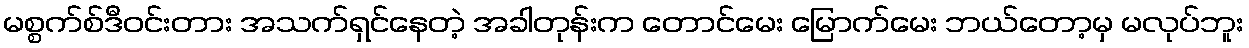
မစ္စက်စ်ဒီဝင်းတား အသက်ရှင်နေတဲ့ အခါတုန်းက တောင်မေး မြောက်မေး ဘယ်တော့မှ မလုပ်ဘူး